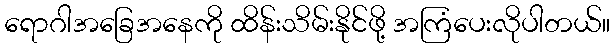
ရောဂါအခြေအနေကို ထိန်းသိမ်းနိုင်ဖို့ အကြံပေးလိုပါတယ်။